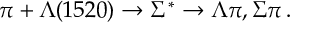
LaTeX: \pi + \Lambda ( 1 5 2 0 ) \rightarrow \Sigma ^ { * } \rightarrow \Lambda \pi , \Sigma \pi \, .